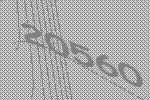
20560